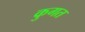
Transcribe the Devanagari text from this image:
कुगत